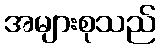
အများစုသည်